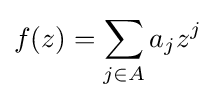
f(z)=\sum _{j\in A}a_{j}z^{j}